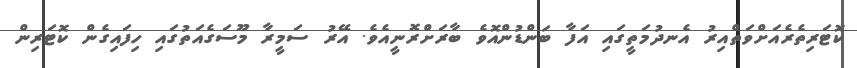
ކޮޓަރިތެރެއަށްވަތްއިރު އެނދުމަތީގައި އަފާ ބަންޑުންއޮވެ ބާރަށްރޮނީއެވެ. އޭރު ސަމީރާ މޫސަގެއަތުގައި ހިފައިގެން ކޮޓަރިން